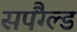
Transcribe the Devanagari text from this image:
सपैंग्ल्ड